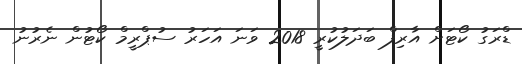
ޑްރަގު ކޯޓަށް އާރިފް ބަދަލުކުރީ 2018 ވަނަ އަހަރު ސުޕްރީމް ކޯޓުން ނެރުނު